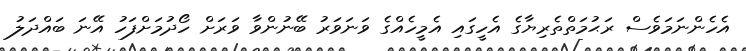
އެހެންނަމަވެސް ރަޙުމަތްތެރިޔާގެ އެހީގައި އެމީހެއްގެ ވަނަވަރު ބޭނުންވާ ވަރަށް ހޯދުމަށްފަހު އޭނަ ބައްދަލު